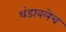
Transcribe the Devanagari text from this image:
थंडावलेच